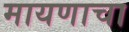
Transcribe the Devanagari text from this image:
मायणाचा